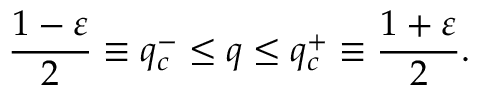
\frac { 1 - \varepsilon } { 2 } \equiv q _ { c } ^ { - } \le q \le q _ { c } ^ { + } \equiv \frac { 1 + \varepsilon } { 2 } .